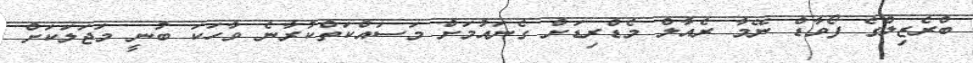
ބްރެޒިލްގެ ފޯވާޑް ނޭމާ ރެއާލް މެޑްރިޑަށް ގެނައުމަށް މަސައްކަތްކުރާނެ ވާހަކަ ބުނީ މަޖަލަކަށް